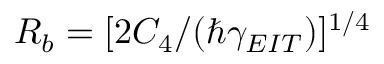
R _ { b } = [ 2 C _ { 4 } / ( \hbar \gamma _ { E I T } ) ] ^ { 1 / 4 }